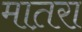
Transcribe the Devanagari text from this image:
मात़रा